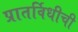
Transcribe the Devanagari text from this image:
प्रातर्विधीची